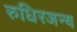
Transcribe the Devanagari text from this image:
रुधिरजन्य